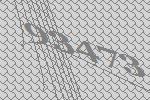
93473